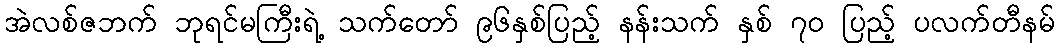
အဲလစ်ဇဘက် ဘုရင်မကြီးရဲ့ သက်တော် ၉၆နှစ်ပြည့် နန်းသက် နှစ် ၇၀ ပြည့် ပလက်တီနမ်